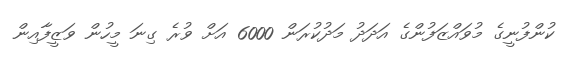
ކުންފުނީގެ މުވައްޒަފުންގެ އަދަދު މަދުކުރަން 6000 އަށް ވުރެ ގިނަ މީހުން ވަޒީފާއިން